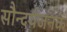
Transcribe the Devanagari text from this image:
सौन्दर्यजनक